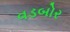
વડબોર